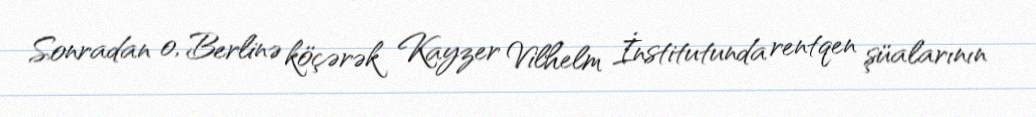
Sonradan o, Berlinə köçərək Kayzer Vilhelm İnstitutunda rentqen şüalarının